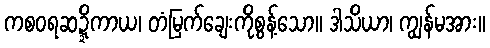
ကစဝရဆဍ္ဍိကာယ၊ တံမြက်ချေးကိုစွန့်သော။ ဒါသိယာ၊ ကျွန်မအား။